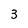
Character: 3